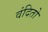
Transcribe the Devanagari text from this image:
वंदितो